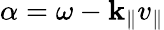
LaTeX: \alpha=\omega-\mathbf{k}_{\parallel}v_{\parallel}